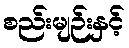
စည်းမျဉ်းနှင့်